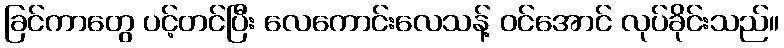
ခြင်ကာတွေ ပင့်တင်ပြီး လေကောင်းလေသန့် ဝင်အောင် လုပ်ခိုင်းသည်။